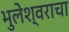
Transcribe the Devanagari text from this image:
भुलेश्वराचा